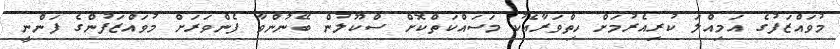
މުވައްޒަފުގެ އަމިއްލަ ކުރިއެރުމަށް ހިތްވަރާއެކު މަސައްކަތްކޮށް ސްކޫލުން ބޭނުންވާ ފެންވަރަށް މުވައްޒަފުންގެ ފަންނީ